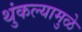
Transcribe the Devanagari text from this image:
थुंकल्यामुळे